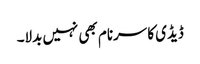
ڈیڈی کا سرنام بھی نہیں بدلا۔